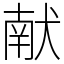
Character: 献